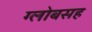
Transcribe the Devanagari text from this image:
ग्लोबसह